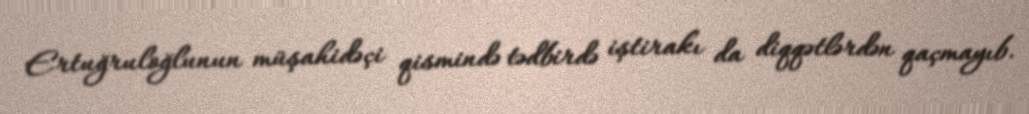
Ertuğruloğlunun müşahidəçi qismində tədbirdə iştirakı da diqqətlərdən qaçmayıb.